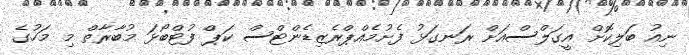
ނިއު ބަލިކޮށް އީގަލްސްއަށް ރަނގަޅު ފެށުމެއްޕްރެޒިޑެންޓްސް ކަޕް ފުޓްބޯޅަ މުބާރާތް މި މަހުގެ